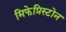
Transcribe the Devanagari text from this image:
मिफेप्रिस्टोन